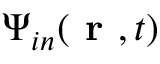
{ \Psi } _ { i n } ( \textbf { r } , t )